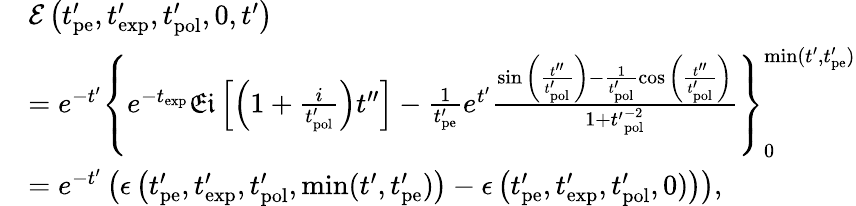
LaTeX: \begin{array}{rl}&{\mathcal{E}\left(t_{\mathrm{pe}}^{\prime},t_{\mathrm{exp}}^{\prime},t_{\mathrm{pol}}^{\prime},0,t^{\prime}\right)}\\ &{=e^{-t^{\prime}}\left\{ e^{-t_{\mathrm{exp}}}\mathfrak{Ei}\left[\left(1+\frac{i}{t_{\mathrm{pol}}^{\prime}}\right)t^{\prime\prime}\right]-\frac{1}{t_{\mathrm{pe}}^{\prime}}e^{t^{\prime}}\frac{\sin{\left(\frac{t^{\prime\prime}}{t_{\mathrm{pol}}^{\prime}}\right)}-\frac{1}{t_{\mathrm{pol}}^{\prime}}\cos{\left(\frac{t^{\prime\prime}}{t_{\mathrm{pol}}^{\prime}}\right)}}{1+{t^{\prime}}_{\mathrm{pol}}^{-2}}\right\} _{0}^{\mathrm{min}(t^{\prime},t_{\mathrm{pe}}^{\prime})}}\\ &{=e^{-t^{\prime}}\left(\epsilon\left(t_{\mathrm{pe}}^{\prime},t_{\mathrm{exp}}^{\prime},t_{\mathrm{pol}}^{\prime},\mathrm{min}(t^{\prime},t_{\mathrm{pe}}^{\prime})\right)-\epsilon\left(t_{\mathrm{pe}}^{\prime},t_{\mathrm{exp}}^{\prime},t_{\mathrm{pol}}^{\prime},0)\right)\right),}\end{array}